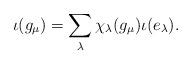
LaTeX: \begin{align*} \iota(g_\mu) = \sum_{\lambda} \chi_\lambda(g_\mu) \iota(e_\lambda). \end{align*}